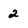
Character: 2